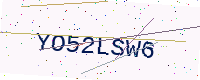
Text: YO52LSW6